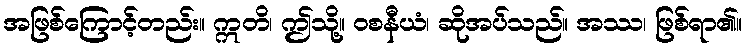
အဖြစ်ကြောင့်တည်း။ ဣတိ၊ ဤသို့။ ဝစနီယံ၊ ဆိုအပ်သည်။ အဿ၊ ဖြစ်ရာ၏။